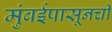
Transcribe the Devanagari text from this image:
मुंबईपासूनची